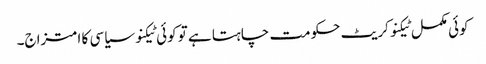
کوئی مکمل ٹیکنوکریٹ حکومت چاہتا ہے تو کوئی ٹیکنو سیاسی کا امتزاج۔